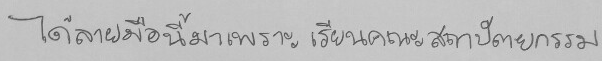
ได้ลายมือนี้มาเพราะ เรียนคณะสถาปัตยกรรม